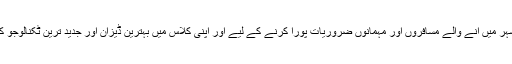
حال ہی میں لانچ کیے گئے نئے ہوٹل برانڈزکوشہر میں آنے والے مسافروں اور مہمانوں ضروریات پورا کرنے کے لیے اور اپنی کلاس میں بہترین ڈیزان اور جدید ترین ٹکنالوجو کی فراہمی کے لیے احتیاط سے منظم کیا گیا ہے۔